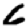
Digit: 6